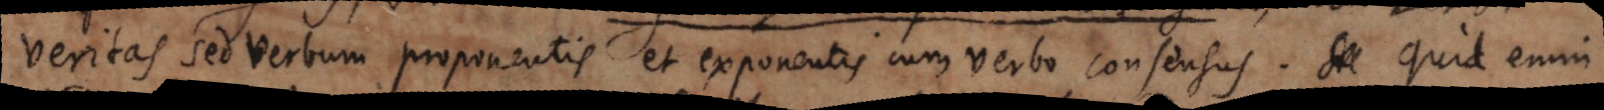
veritas sed verbum proponentis et exponentis cum verbo consensus. Quid enim